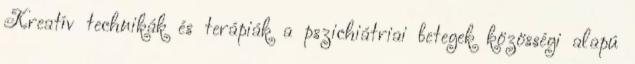
Kreatív technikák és terápiák a pszichiátriai betegek közösségi alapú